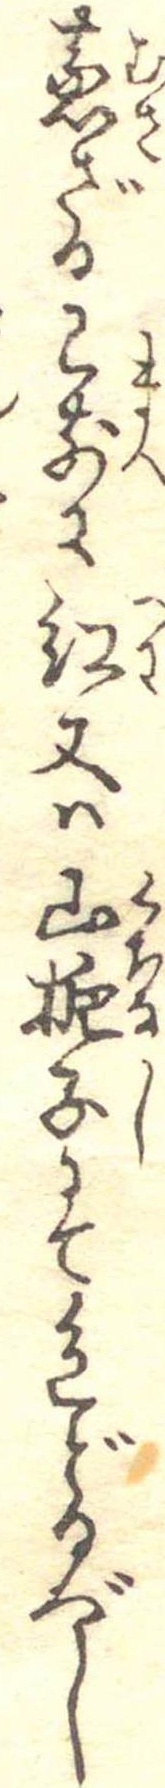
蒸ざる已前に紅又は山梔子にて色どるべし